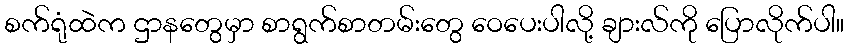
စက်ရုံထဲက ဌာနတွေမှာ စာရွက်စာတမ်းတွေ ဝေပေးပါလို့ ချားလ်ကို ပြောလိုက်ပါ။